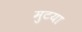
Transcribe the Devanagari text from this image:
मुटया